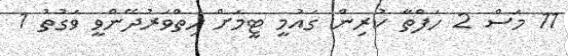
11 މަސް 2 ހަފްތާ ކުރިން ގައުމީ ޓީމަށް ހިތްވަރުދޭންވީ ވަގުތު 1